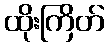
ထိုးကြိတ်